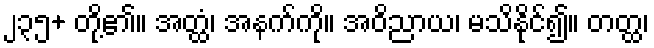
၂၃၅+ တို့၏။ အတ္ထံ၊ အနက်ကို။ အဝိညာယ၊ မသိနိုင်၍။ တတ္ထ၊